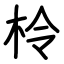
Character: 柃